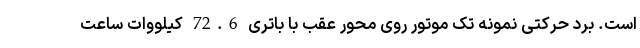
است. برد حرکتی نمونه تک موتور روی محور عقب با باتری 72.6 کیلووات ساعت